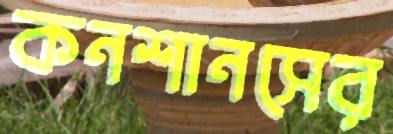
কনশানসের